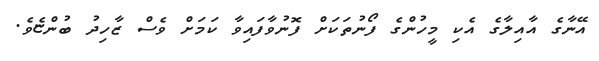
އޭނާގެ އާއިލާގެ އެކި މީހުންގެ ފޯނުތަކަށް ފޮނުވާފައިވާ ކަމަށް ވެސް ޒާހިދު ބުންޏެވެ.